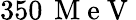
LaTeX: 350\, \mathrm{~M~e~V~}